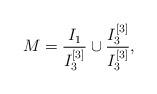
LaTeX: \begin{align*}M = \frac{I_1}{I_3^{[3]}} \cup \frac{I_3^{[3]}}{I_3^{[3]}},\end{align*}